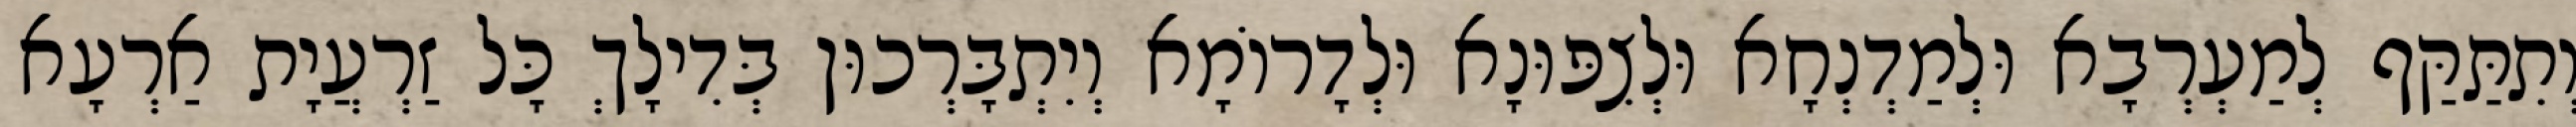
וְתִתַּקַּף לְמַעְרְבָא וּלְמַדְנְחָא וּלְצִפּוּנָא וּלְדָרוֹמָא וְיִתְבָּרְכוּן בְּדִילָךְ כָּל זַרְעֲיָת אַרְעָא